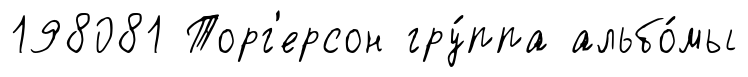
198081 Торг'ерсон гру́ппа альбо́мы